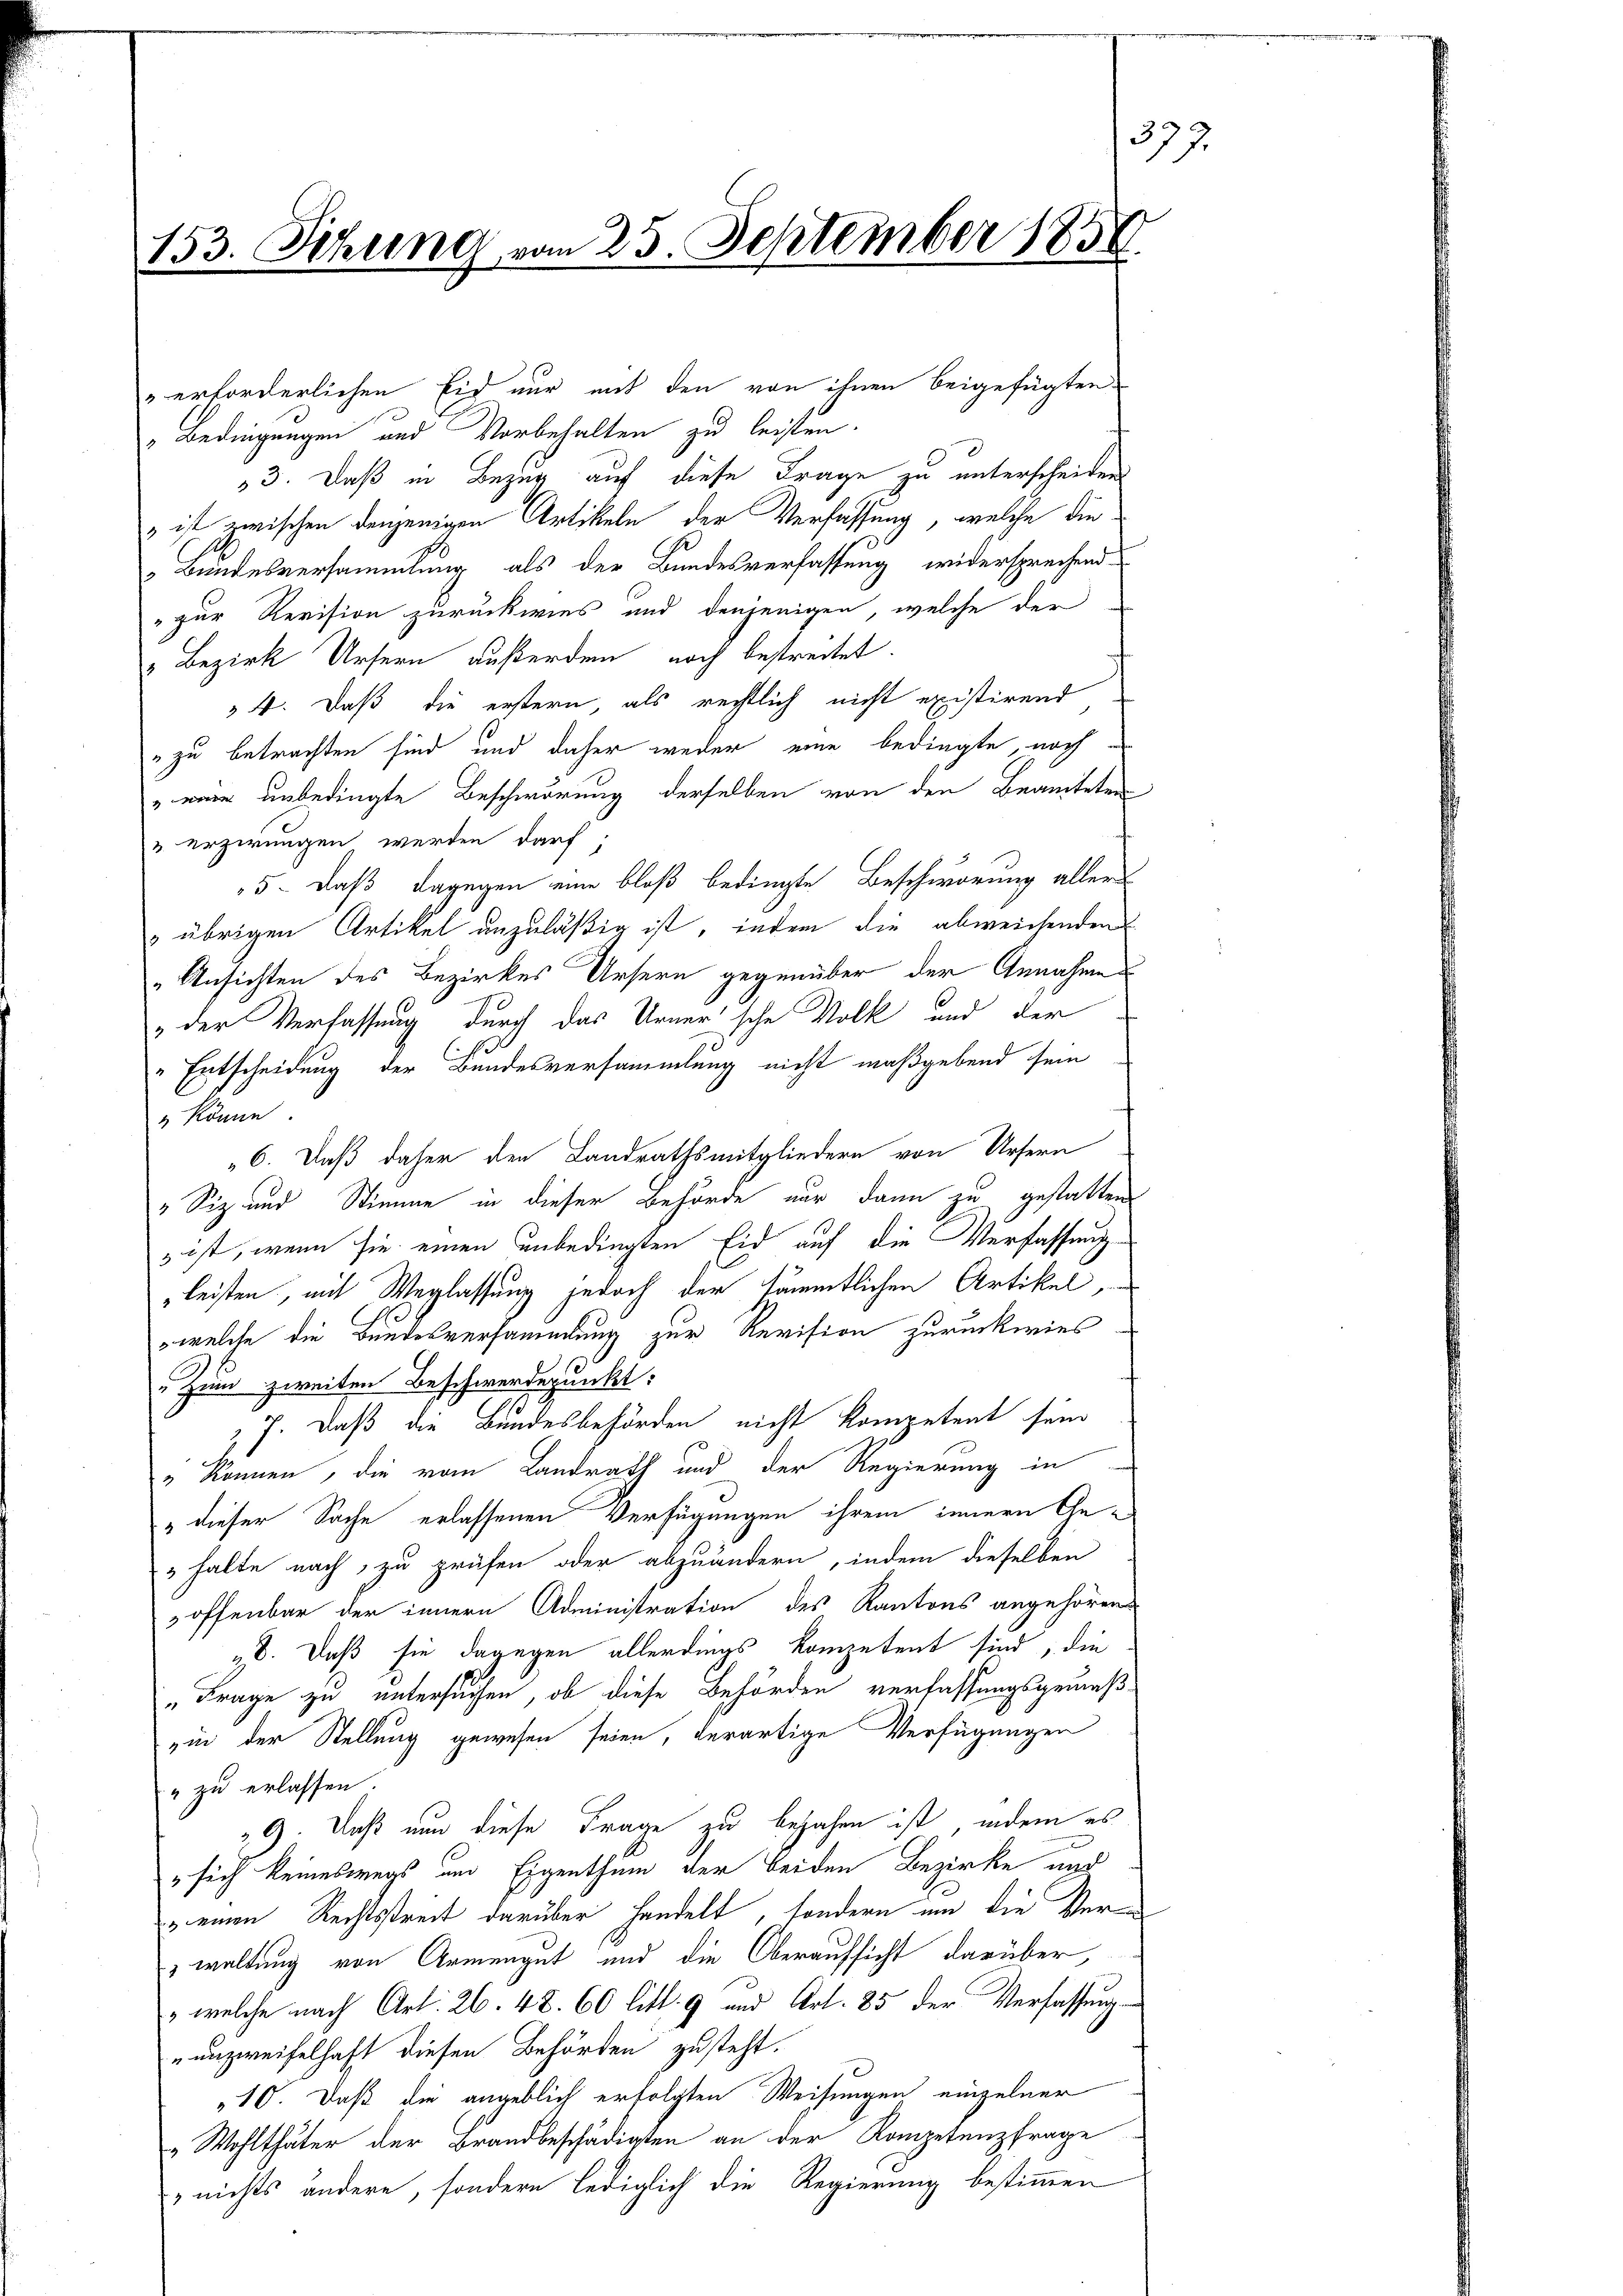
153. Sitzung vom 25. September 1858.

" erforderlichen Eid nur mit den von ihnen beigefügten
Bedingungen und Vorbehalten zu leisten.
33. Daß in Bezug auf diese Frage zu unterscheiden
 ist zwischen denjenigen Artikeln der Verfassung, welche die¬
Bundesversammlung als der Bundesverfassung widersprechend
"zur Revision zurückwies und denjenigen, welche der
 Bezirk Ursern außerden noch bestreitet.
4. Daß die erstern, als rechtlich nicht existirend
" zu betrachten sind und daher weder eine bedingte, noch
" war unbedingte Beschwörung derselben von den Beamteten
v erzirungen werden darf.
5. daß dagegen eine bloß bedingte Beschwörung aller
 übrigen Artikel anzuläßig ist, indem die abweichenden
"Ansichten des Bezirkes Ursern gegenüber der Annahme
" der Verfassung durch das Urner'sche Volk und der
" Entscheidung der Bundesversammlung nicht maßgebend sein
3 könne.
6. Daß daher den Landrathsmitgliedern von Ursern
 Siz und Stimme in dieser Behörde nur dann zu gestatten
3 ist, wenn sie einen unbedingten Eid auf die Verfassung
leisten, mit Verlassung jedoch der sämmtlichen Artikel,
welche die Bundesversammlung zur Revision zurückwies
" zum zweiten Beschwerdepunkt:
7. Daß die Bundesbehörden nicht kompetent sein
" können, die vom Landrath und der Regierung in
" dieser Sache erlassenen Verfügungen ihrem innern Ge¬
" halte nach, zu prüfen oder abzuändern, indem dieselben
offenbar der innern Administration des Kantons angehören
„b. Daß sie dagegen allerdings kompetent sind, die
„Frage zu untersuchen, ob diese Behörden verfassungsgemäß
„in der Stellung gewesen seien, derartige Verfügungen
" zu erlassen.
 9. Daß nun diese Frage zu bejahen ist, indem es
" sich keineswegs und Eigenthum der beiden Bezirke und
u einen Rechtsstreit darüber handelt, sondern um die Verwaltung von Armengut und die Oberaufsicht darüber,
" welche nach Art. 26. 48. 60 litt. 9 und Art. 85 der Verfassung
unzweifelhaft diesen Behörden zusteht.
„10. Daß die angeblich erfolgten Weisungen einzelner
 Wohlthäter der Brandbeschädigten an der Kompetenzfrage
 nichts andere, sondern lediglich die Regierung bestimmen

377.